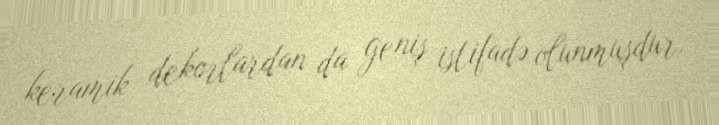
keramik dekorlardan da geniş istifadə olunmuşdur.